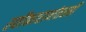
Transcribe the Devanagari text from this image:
स्वीकारानंतरही